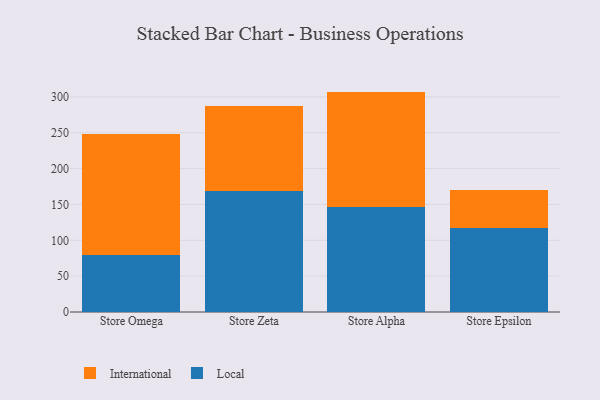
{"axis": {"x": "Store", "y": "Net Income (USD K)"}, "legend": ["International", "Local"], "data": [{"x": "Store Omega", "y": 80.2, "type": "Local"}, {"x": "Store Omega", "y": 168.0, "type": "International"}, {"x": "Store Zeta", "y": 169.2, "type": "Local"}, {"x": "Store Zeta", "y": 117.9, "type": "International"}, {"x": "Store Alpha", "y": 146.1, "type": "Local"}, {"x": "Store Alpha", "y": 161.3, "type": "International"}, {"x": "Store Epsilon", "y": 117.2, "type": "Local"}, {"x": "Store Epsilon", "y": 53.4, "type": "International"}]}